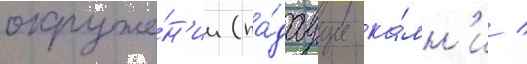
окруже́н'ии (па́даущие ка́мн'и /